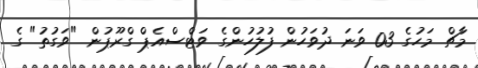
މާޗް މަހުގެ 03 ވަނަ ދުވަހުން ފުލުހުންގެ ވަޓްސްއެޕް ގްރޫޕުން "ވަގުތު" ގެ